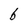
Character: 6